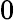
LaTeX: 0